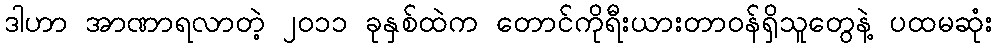
ဒါဟာ အာဏာရလာတဲ့ ၂၀၁၁ ခုနှစ်ထဲက တောင်ကိုရီးယားတာဝန်ရှိသူတွေနဲ့ ပထမဆုံး